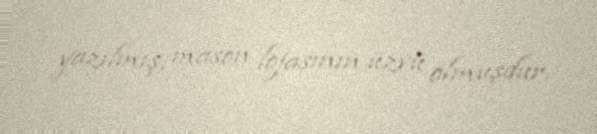
yazılmış, mason lojasının üzvü olmuşdur.